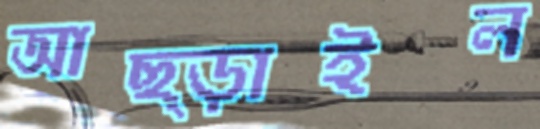
আছ্‌ড়াইল